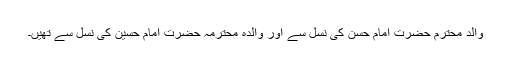
والد محترم حضرت امام حسنؓ کی نسل سے اور والدہ محترمہ حضرت امام حسینؓ کی نسل سے تھیں۔